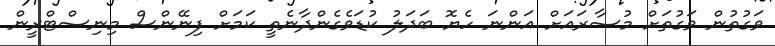
ވަގުތުން ވަގުތަށް މުސާރައަށް އަންނަ ހެޔޮ ބަދަލު ކުޑަވެގެންދާނެތީ ކަމަށް ފިނޭންސް މިނިސްޓްރީން